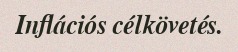
Inflációs célkövetés.